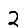
Digit: 2